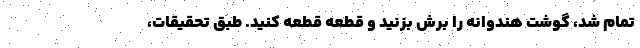
تمام شد، گوشت هندوانه را برش بزنید و قطعه قطعه کنید. طبق تحقیقات،